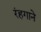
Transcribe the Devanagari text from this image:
रंहगाने